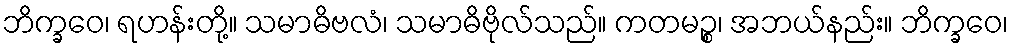
ဘိက္ခဝေ၊ ရဟန်းတို့။ သမာဓိဗလံ၊ သမာဓိဗိုလ်သည်။ ကတမဉ္စ၊ အဘယ်နည်း။ ဘိက္ခဝေ၊